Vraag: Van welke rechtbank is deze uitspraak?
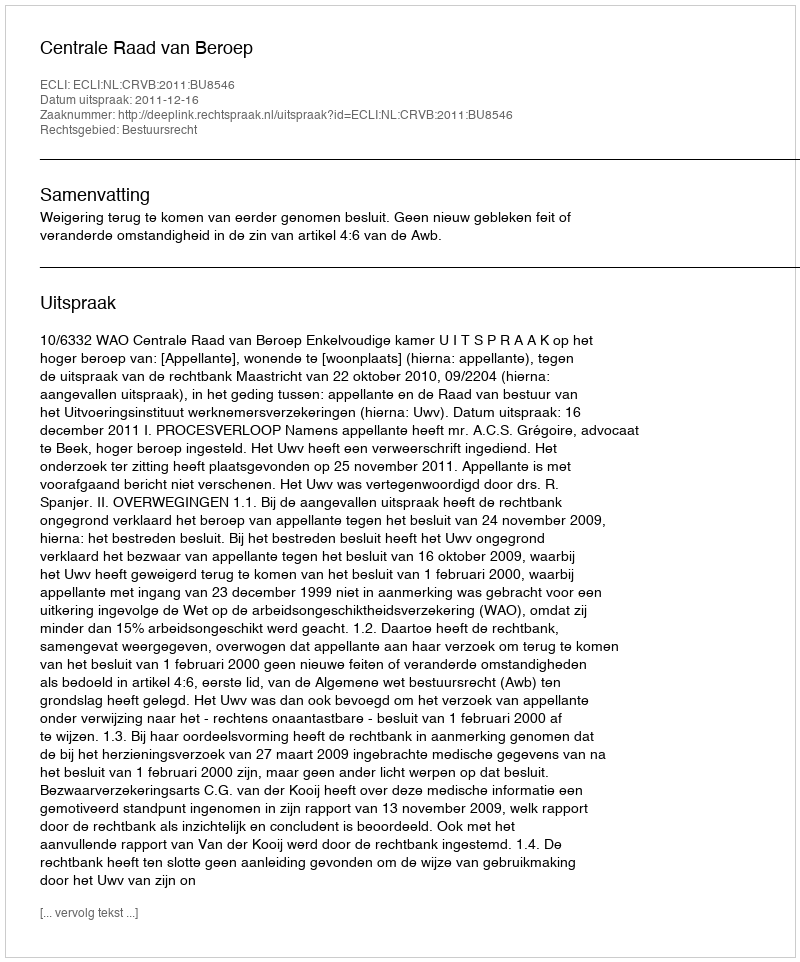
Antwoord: Centrale Raad van Beroep